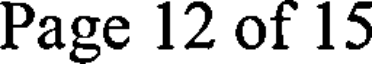
Page 12 of 15